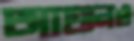
আগুনও